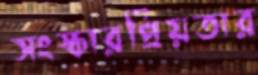
সংস্কারপ্রিয়তার